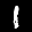
Label: 1